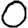
Digit: 0